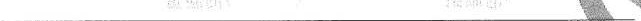
___